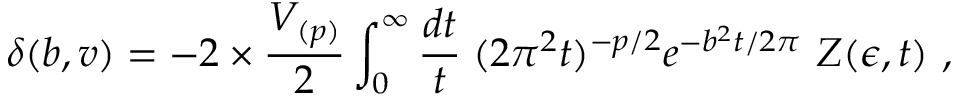
\delta ( b , v ) = - 2 \times { \frac { V _ { ( p ) } } { 2 } } \int _ { 0 } ^ { \infty } { \frac { d t } { t } } \; ( 2 \pi ^ { 2 } t ) ^ { - p / 2 } e ^ { - b ^ { 2 } t / 2 \pi } \ Z ( \epsilon , t ) \ ,